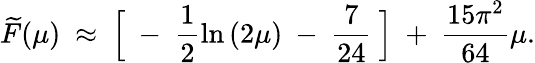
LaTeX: {\widetilde F}(\mu)~\approx~\Bigl[~-~\frac{1}{2}\ln{(2\mu)}~-~\frac{7}{24}~\Bigr]~+~\frac{15\pi^{2}}{64}\mu.